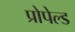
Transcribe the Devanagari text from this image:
प्रोपेल्ड